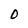
Character: 0